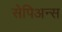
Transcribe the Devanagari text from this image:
सेपिअन्स